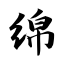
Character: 绵